Report on vaccination in Madras 1895-1903 - 1895-1903
Year: 1895
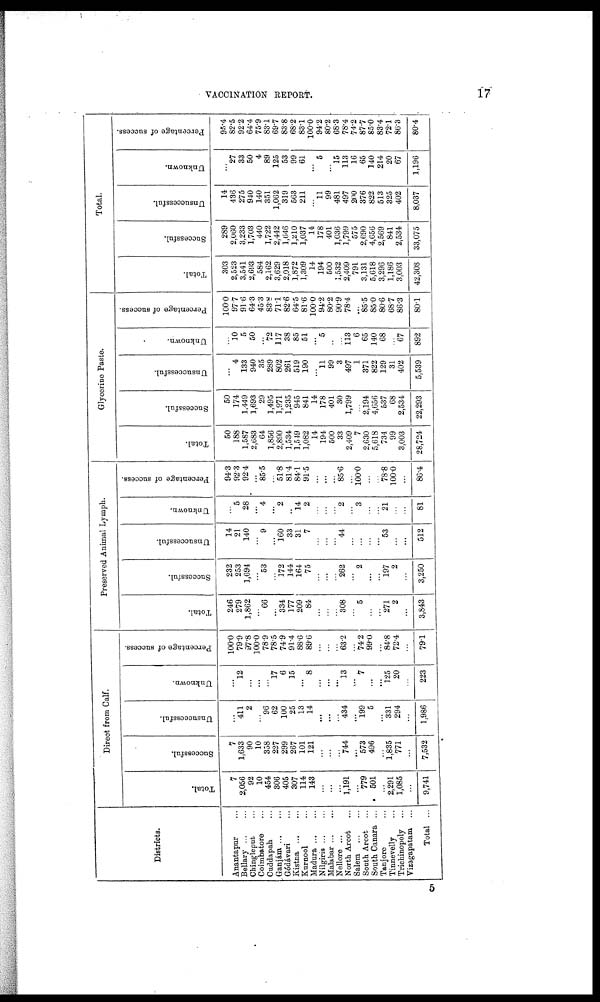
VACCINATION REPORT.
17
Districts.
Anantapur ...
Bellary ... ...
Chingleput ...
Coimbatore ...
Cuddapah ...
Ganjám ... ...
Gódávari ...
Kistna
...
...
Kurnool ...
Madura ... ...
Nilgiris ... ...
Malabar ... ...
Nellore ...
North Arcot ...
Salem
...
...
South Arcot ...
South Canara ...
Tanjore ...
Tinnevelly ...
Trichinopoly ...
Vizagapatam ...
Total ...
Direct from Calf.
Total.
7
2,056
92
10
454
306
405
307
114
143
...
...
...
1,101
...
779
501
...
2,291
1,085
...
9,741
Successful.
7
1,633
90
10
358
227
299
267
101
121
...
...
...
744
...
573
496
...
1,835
771
...
7,532
Unsuccessful.
...
411
2
...
96
62
100
25
13
14
...
...
...
434
...
199
5
...
331
294
...
1,986
Unknown.
...
12
...
...
...
17
6
15
...
8
...
...
...
13
...
7
...
...
125
20
...
223
Percentage of success.
100.0
79.9
97.8
100.0
78.9
78.5
74.9
91.4
88.6
89.6
...
...
...
63.2
...
74.2
99.0
...
84.8
72.4
...
79.1
Preserved Animal Lymph.
Total.
246
279
1,862
...
66
...
334
177
209
84
...
...
...
308
...
5
...
...
271
2
...
3,843
Successful.
232
253
1,694
...
53
...
172
144
164
75
...
...
...
262
...
2
...
...
197
2
...
3,250
Unsuccessful.
14
21
140
...
9
...
160
33
31
7
...
...
...
44
...
...
...
...
53
...
...
512
Unknown.
...
5
28
...
4
...
2
..
14
2
...
...
...
2
...
3
...
...
21
...
...
81
Percentage of success.
94.3
92.3
92.4
...
85.5
...
51.8
81.4
84.1
91.5
...
...
...
85.6
...
100.0
...
...
78.8
100.0
...
86.4
Glycerine Paste.
Total.
50
188
1,587
2,683
64
1,856
2,890
1,534
1,549
1,082
14
194
500
33
2,409
7
2,630
5,618
734
99
3,003
28,724
Successful.
50
174
1,449
1,693
29
1,495
1,971
1,235
945
841
14
178
401
30
1,799
...
2,194
4,656
537
68
2,534
22,293
Unsuccessful.
...
4
133
940
35
289
802
261
519
190
...
11
99
3
497
1
371
822
129
31
402
5,539
Unknown.
...
10
5
50
...
72
117
38
85
51
...
5
...
...
113
6
65
140
68
...
67
892
Percentage of success.
100.0
97.7
91.6
64.3
45.3
83.8
71.1
82.6
64.5
81.6
100.0
94.2
80.2
90.9
78.4
...
85.5
85.0
80.6
68.7
86.3
80.1
Total.
Total.
303
2,523
3,541
2,693
584
2,162
3,629
2,018
1,872
1,309
14
194
500
1,532
2,409
791
3,131
5,618
3,296
1,186
3,003
42,308
Successful.
289
2,060
3,233
1,703
440
1,722
2,442
1,646
1,210
1,037
14
178
401
1,036
1,799
575
2,690
4,656
2,569
841
2,534
33,075
Unsuccessful.
14
436
275
940
140
351
1,062
319
563
211
...
11
99
481
497
200
376
822
513
325
402
8,037
Unknown.
...
27
33
50
4
89
125
53
99
61
...
5
...
15
113
16
65
140
214
20
67
1,196
Percentage of success.
95.4
82.5
92.2
64.4
75.9
83.1
69.7
83.8
68.2
83.1
100.0
94.2
80.2
68.3
78.4
74.2
87.7
85.0
83.4
72.1
86.3
80.4
5